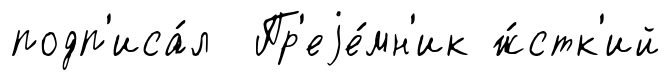
подп'иса́л Пр'еjе́мн'ик ж́стк'ий